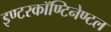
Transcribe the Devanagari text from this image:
इण्टरकॉण्टिनेण्टल